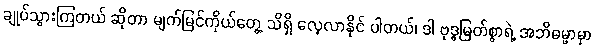
ချုပ်သွားကြတယ် ဆိုတာ မျက်မြင်ကိုယ်တွေ့ သိရှိ လေ့လာနိုင် ပါတယ်၊ ဒါ ဗုဒ္ဓမြတ်စွာရဲ့ အဘိဓမ္မာမှာ